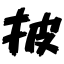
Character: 披